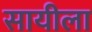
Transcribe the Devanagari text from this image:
सायीला